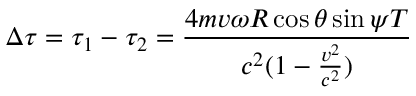
\Delta \tau = \tau _ { 1 } - \tau _ { 2 } = \frac { 4 m v \omega R \cos { \theta } \sin { \psi } T } { c ^ { 2 } ( 1 - \frac { v ^ { 2 } } { c ^ { 2 } } ) }